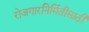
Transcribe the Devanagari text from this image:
रोजगारनिर्मितीसाठी